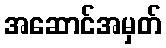
အဆောင်အမှတ်